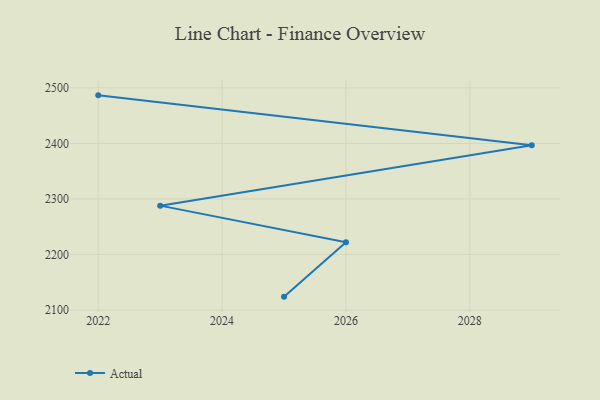
{"axis": {"x": "Year", "y": "Inventory Turnover"}, "legend": ["Actual"], "data": [{"x": "2022", "y": 2486.4, "type": "Actual"}, {"x": "2029", "y": 2396.5, "type": "Actual"}, {"x": "2023", "y": 2287.9, "type": "Actual"}, {"x": "2026", "y": 2222.0, "type": "Actual"}, {"x": "2025", "y": 2124.1, "type": "Actual"}]}